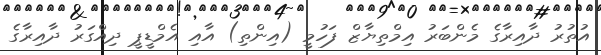
އުތުރު ދާއިރާގެ މެންބަރު އިމްތިޔާޒް ފަހުމީ (އިންތި) އާއި އެމްޑީޕީ ދިއްގަރު ދާއިރާގެ